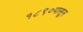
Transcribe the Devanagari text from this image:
१८९०पासून